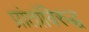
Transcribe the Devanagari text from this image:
प्रांतांविरुद्ध